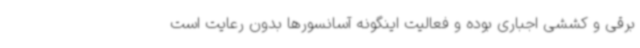
برقی و کششی اجباری بوده و فعالیت اینگونه آسانسورها بدون رعایت است